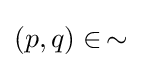
(p,q)\in \,\sim